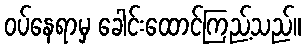
ဝပ်နေရာမှ ခေါင်းထောင်ကြည့်သည်။